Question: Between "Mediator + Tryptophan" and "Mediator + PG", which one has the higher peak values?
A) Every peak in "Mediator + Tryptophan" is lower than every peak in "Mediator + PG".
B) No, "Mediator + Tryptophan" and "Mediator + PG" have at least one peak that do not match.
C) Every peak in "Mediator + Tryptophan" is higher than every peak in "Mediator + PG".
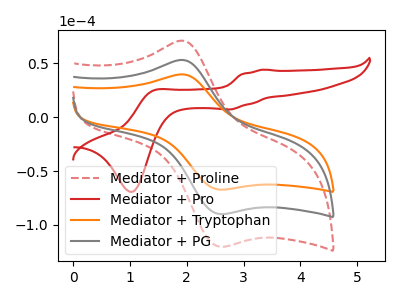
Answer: <think>The red dashed curve "Mediator + Proline" has an anodic peak at (1.95V, 105.50uA) and a cathodic peak at (2.60V, -179.80uA). The red curve "Mediator + Pro" has anodic peaks at (3.35V, 44.10uA) (1.40V, 24.90uA) and cathodic peaks at (2.75V, 7.20uA) (1.05V, -69.35uA). The orange curve "Mediator + Tryptophan" has an anodic peak at (1.95V, 39.45uA) and a cathodic peak at (2.60V, -67.25uA). The gray curve "Mediator + PG" has an anodic peak at (1.95V, 52.75uA) and a cathodic peak at (2.60V, -89.90uA).</think>
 <answer>A) Every peak in "Mediator + Tryptophan" is lower than every peak in "Mediator + PG".</answer>
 <eval>A</eval>